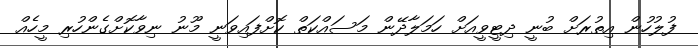
ފުލުހުން އިތުރަށް ބުނީ ދިޓީވީއަށް ހަމަލާދޭން މަސައްކަތް ކޮށްފައިވަނީ މޫނު ނިވާކޮށްގެންހުރި މީހެއް